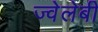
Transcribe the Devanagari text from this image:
ज्वेलेबी